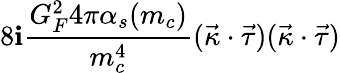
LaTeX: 8\mathbf{i}\frac{{G_{F}^{2}4\pi\alpha_{s}(m_{c})}}{{m_{c}^{4}}}(\vec{{\kappa}}\cdot\vec{{\tau}})(\vec{{\kappa}}\cdot\vec{{\tau}})